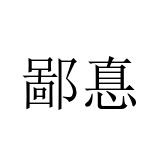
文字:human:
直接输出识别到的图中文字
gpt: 鄙惪